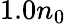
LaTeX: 1.0n_{0}